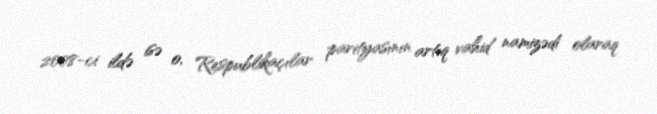
2008-ci ildə isə o, Respublikaçılar parityasının artıq vahid namizədi olaraq